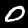
Digit: 0